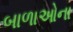
બાળાઓના